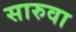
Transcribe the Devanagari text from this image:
सारुवा